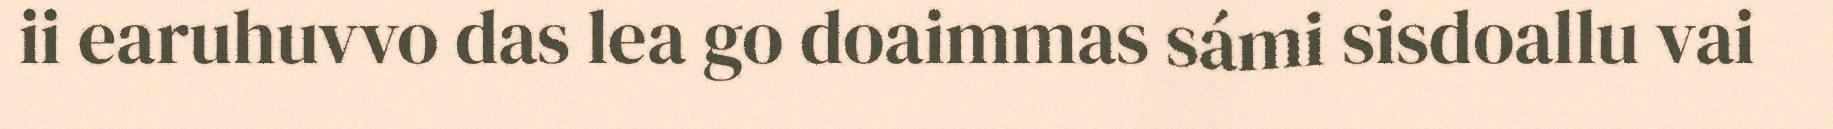
ii earuhuvvo das lea go doaimmas sámi sisdoallu vai